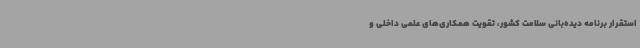
استقرار برنامه دیده‌بانی سلامت کشور، تقویت همکاری‌های علمی داخلی و